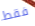
فقط